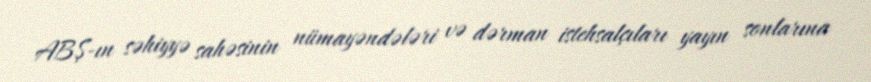
ABŞ-ın səhiyyə sahəsinin nümayəndələri və dərman istehsalçıları yayın sonlarına